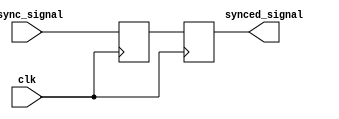
module sync_block (
    input wire clk, // Clock signal
    input wire async_signal, // Asynchronous input signal
    output reg synced_signal // Synchronized output signal
);

reg flop1; // First flip-flop output
reg flop2; // Second flip-flop output

// First flip-flop
always @(posedge clk) begin
    flop1 <= async_signal;
end

// Second flip-flop
always @(posedge clk) begin
    flop2 <= flop1;
end

assign synced_signal = flop2;

endmodule